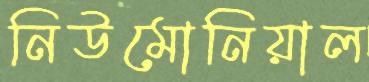
নিউমোনিয়াল